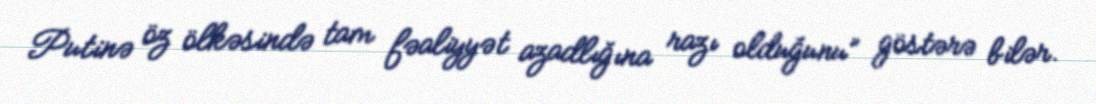
Putinə öz ölkəsində tam fəaliyyət azadlığına razı olduğunu” göstərə bilər.